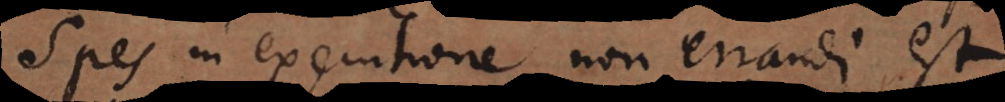
Spes in executione non errandi est